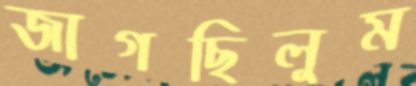
জাগছিলুম